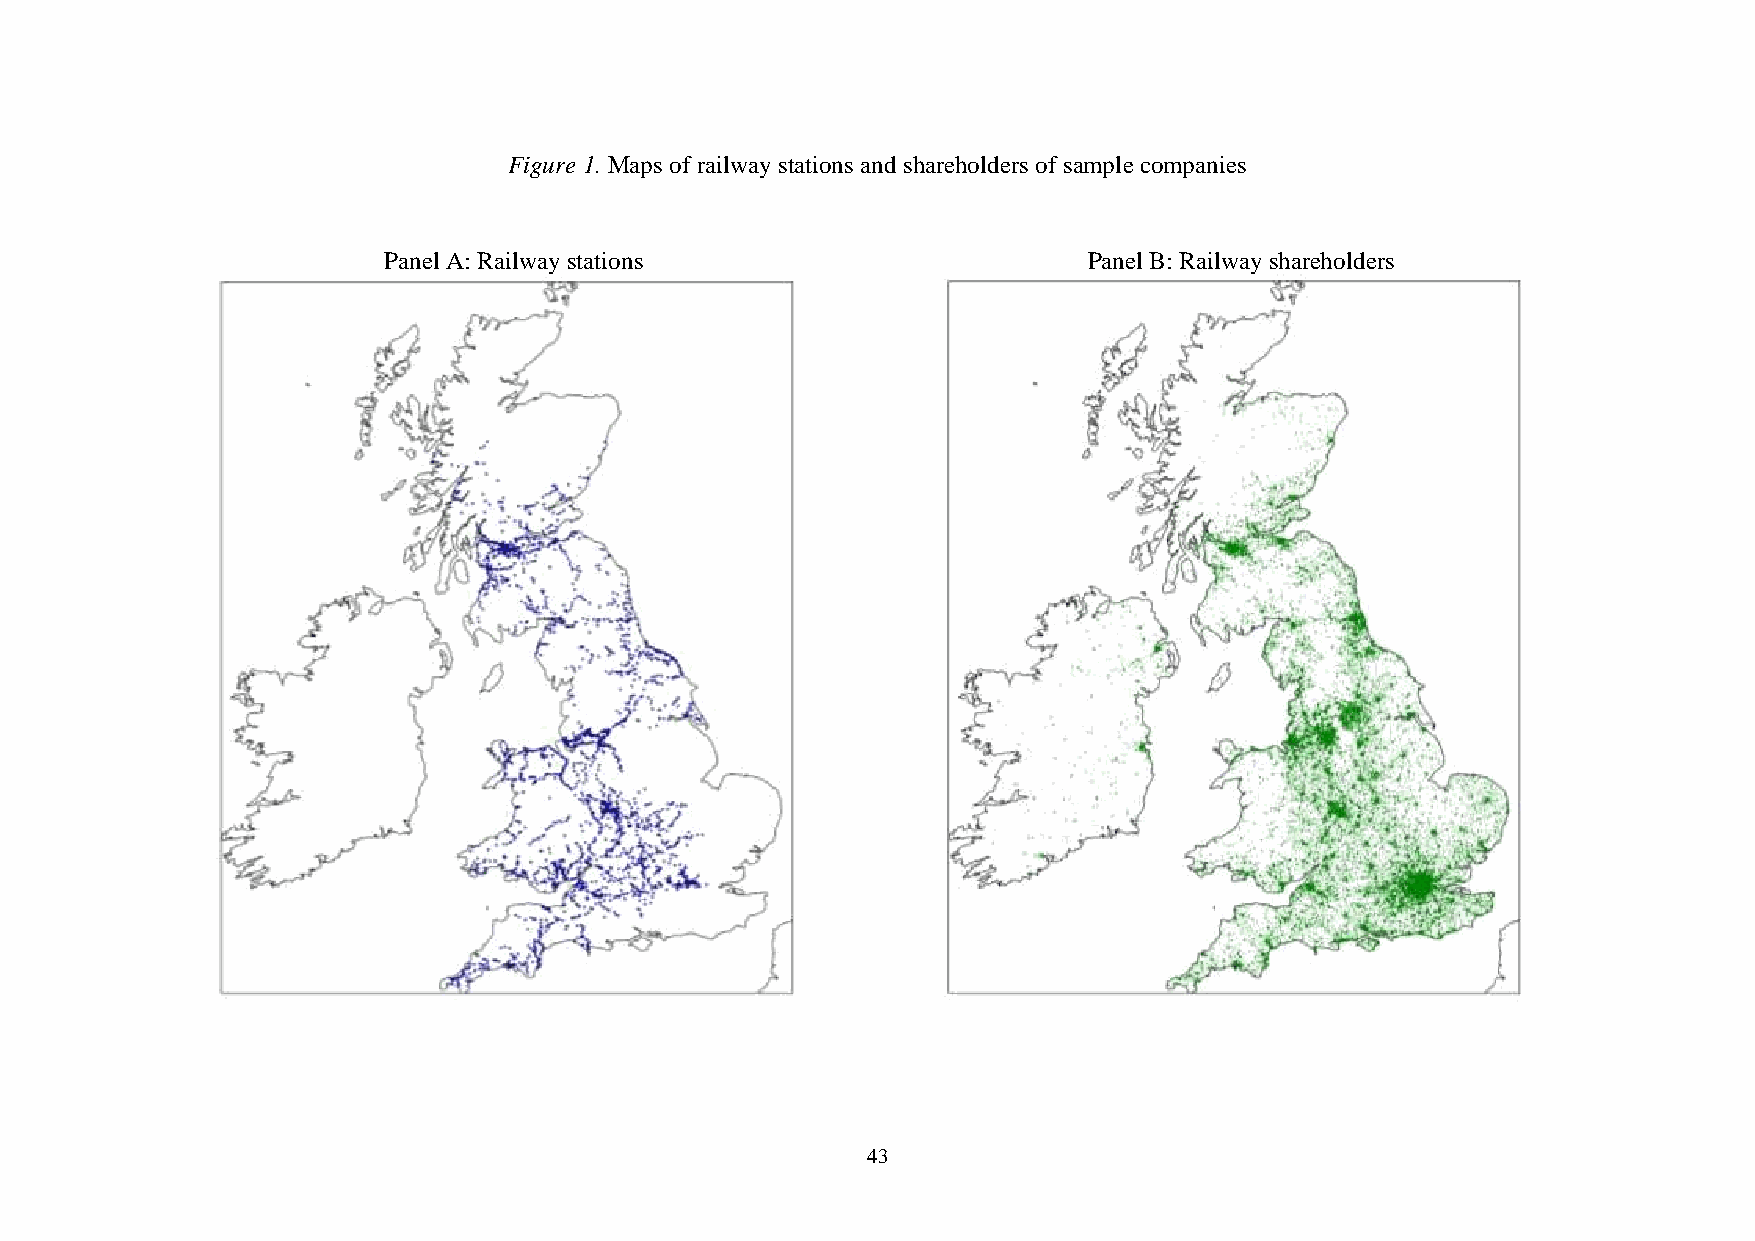
Figure 1. Maps of railway stations and shareholders of sample companies
 Panel A: Railway stations                      Panel B: Railway shareholders
 43